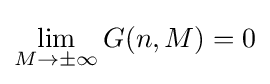
\lim _{M\to \pm \infty }G(n,M)=0